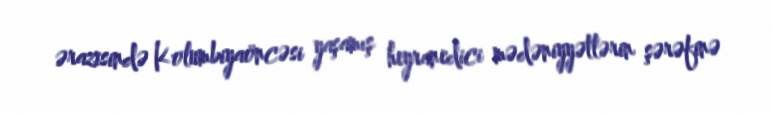
ərazisində Kolumbiyaöncəsi yaşamış heyranedici mədəniyyətlərin şərəfinə